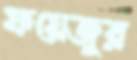
ফয়েজুর